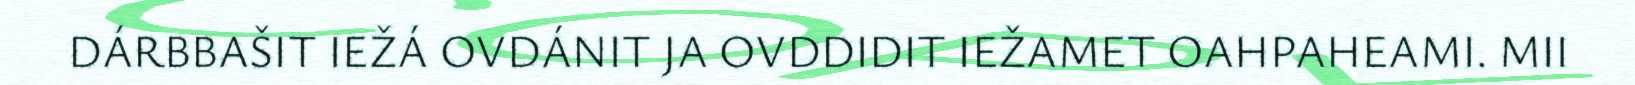
DÁRBBAŠIT IEŽÁ OVDÁNIT JA OVDDIDIT IEŽAMET OAHPAHEAMI. MII